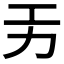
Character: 𭄟